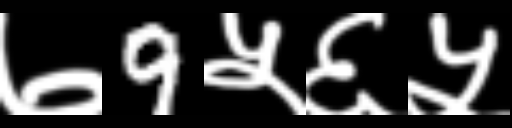
Text: ७9५६५